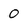
Character: O